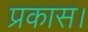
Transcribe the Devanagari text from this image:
प्रकास।